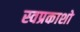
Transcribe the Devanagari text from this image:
स्वप्रकाशो